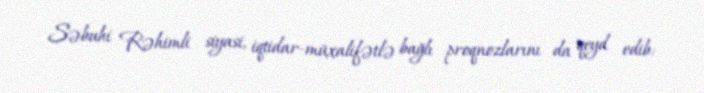
Səbuhi Rəhimli siyasi, iqtidar-müxalifətlə bağlı proqnozlarını da qeyd edib: